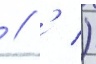
 // ' )